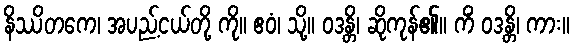
နိဿိတကေ၊ အပည့်ငယ်တို့ ကို။ ဧဝံ၊ သို့။ ဝဒန္တိ၊ ဆိုကုန်၏။ ကိံ ဝဒန္တိ၊ ကား။